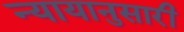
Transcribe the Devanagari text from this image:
न्यायानुसारी